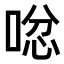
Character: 𠴮